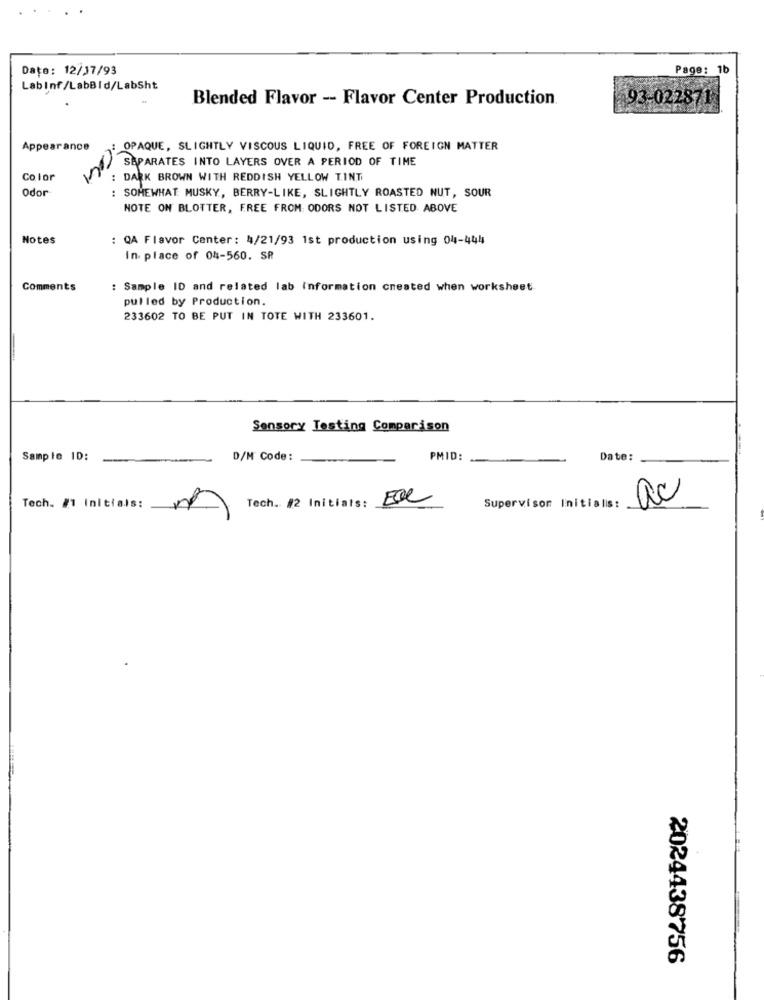
Date: 12/17/93
Page: 1b
Labinf/LabBid/LabSht
Blended Flavor - Flavor Center Production
93-022871
Appearance
OPAQUE, SLIGHTLY VISCOUS LIQUID, FREE OF FOREIGN MATTER
SEPARATES INTO LAYERS OVER A PERIOD OF TIME
Color
: DARK BROWN WITH REDDISH YELLOW T.INT
Odor
: SOMEWHAT MUSKY, BERRY-LIKE, SLIGHTLY ROASTED NUT, SOUR
NOTE ON BLOTTER, FREE FROM: ODORS NOT LISTED ABOVE
Notes
: QA Flavor Center : 4/21/93 1st production using 04-444
In place of 04-560. SR
Comments
: Sample ID and related lab Information created when worksheet
pulled by Production.
233602 TO BE PUT IN TOTE WITH 233601.
Sensory Testing Comparison
Sample ID:
D/M Code:
PMID:
Date:
Tech. #1 Initials:
1
Tech. #2 Initials:
Supervisor Initialis:
ac
2024438756